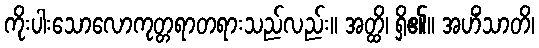
ကိုးပါးသောလောကုတ္တရာတရားသည်လည်း။ အတ္ထိ၊ ရှိ၏။ အဟိံသာတိ၊